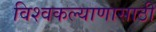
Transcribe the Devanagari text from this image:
विश्वकल्याणासाठी